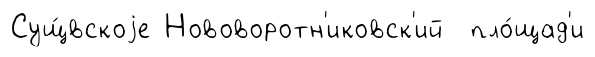
Сущ́вскоjе Нововоротн'иковск'ий пло́щад'и